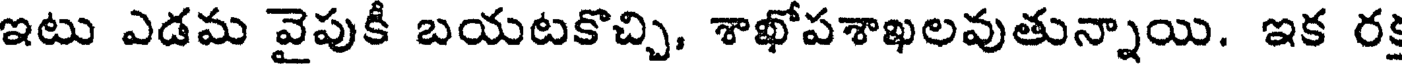
ఇటు ఎడమ వైపుకీ బయటకొచ్చి, శాఖోపశాఖలవుతున్నాయి. ఇక ర